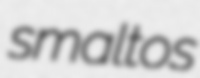
smaltos